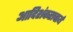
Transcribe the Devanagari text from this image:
आदिशंकराचार्य